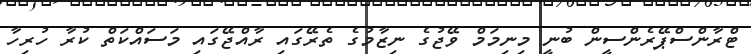
ޓްރާންސްޕޭރެންސީން ބުނީ މިނިމަމް ވޭޖުގެ ނިޒާމުގެ ތެރޭގައި ރާއްޖޭގައި މަސައްކަތް ކުރާ ހުރިހާ